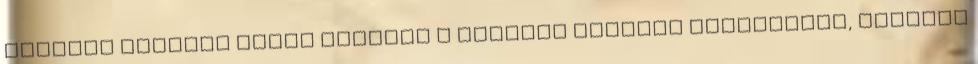
népeket vezérlő Gógot ezekkel a kánaáni nefilim törzsekkel, akiknek